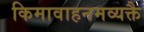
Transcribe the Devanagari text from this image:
किमावाहनमव्यक्तै